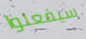
سيفعلوا